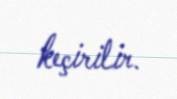
keçirilir.